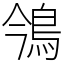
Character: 鳹